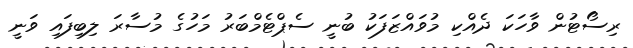
ރިސޯޓުން ވާހަކަ ދެއްކި މުވައްޒަފަކުު ބުނީ ސެޕްޓެމްބަރު މަހުގެ މުސާރަ ލިބިފައި ވަނީ